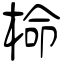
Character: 椧